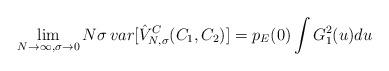
LaTeX: \begin{align*}\lim_{N \rightarrow \infty, \sigma \rightarrow 0} N \sigma \, var[\hat{V}^C_{N,\sigma}(C_1,C_2) ] = p_{E}(0) \int G^2_{1}(u)du\end{align*}